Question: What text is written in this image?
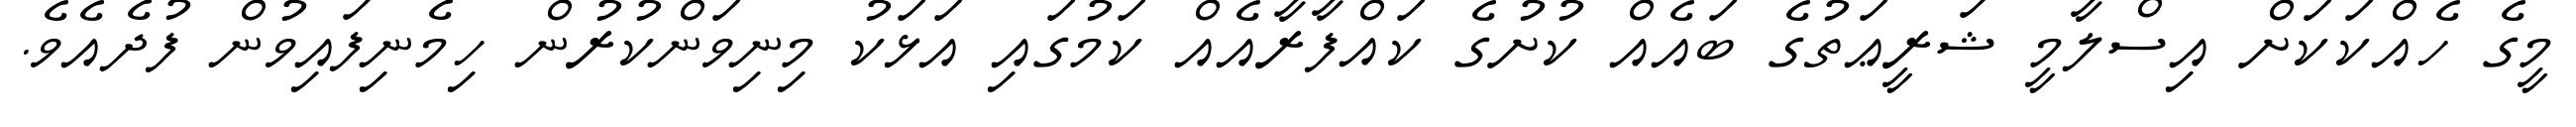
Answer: މީގެ ހެއްކަކަށް އިސްލާމީ ޝަރީޢަތުގެ ބައެއް ކުށުގެ ކައްފާރާއެއް ކަމުގައި އަޅަކު މިނިވަންކުރުން ހިމެނިފައިވުން ފުދެއެވެ.